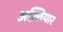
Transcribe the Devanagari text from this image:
अख़्तियार